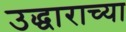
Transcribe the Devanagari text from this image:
उद्धाराच्या